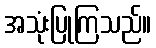
အသုံးပြုကြသည်။